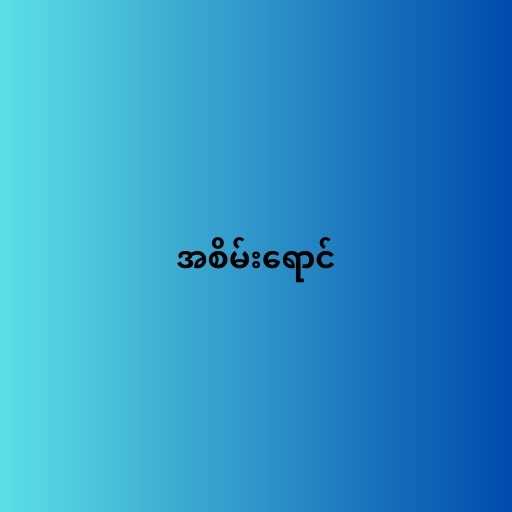
အစိမ်းရောင်